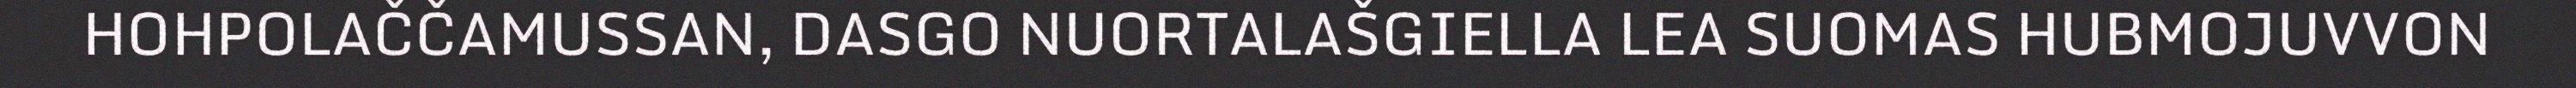
HOHPOLAČČAMUSSAN, DASGO NUORTALAŠGIELLA LEA SUOMAS HUBMOJUVVON